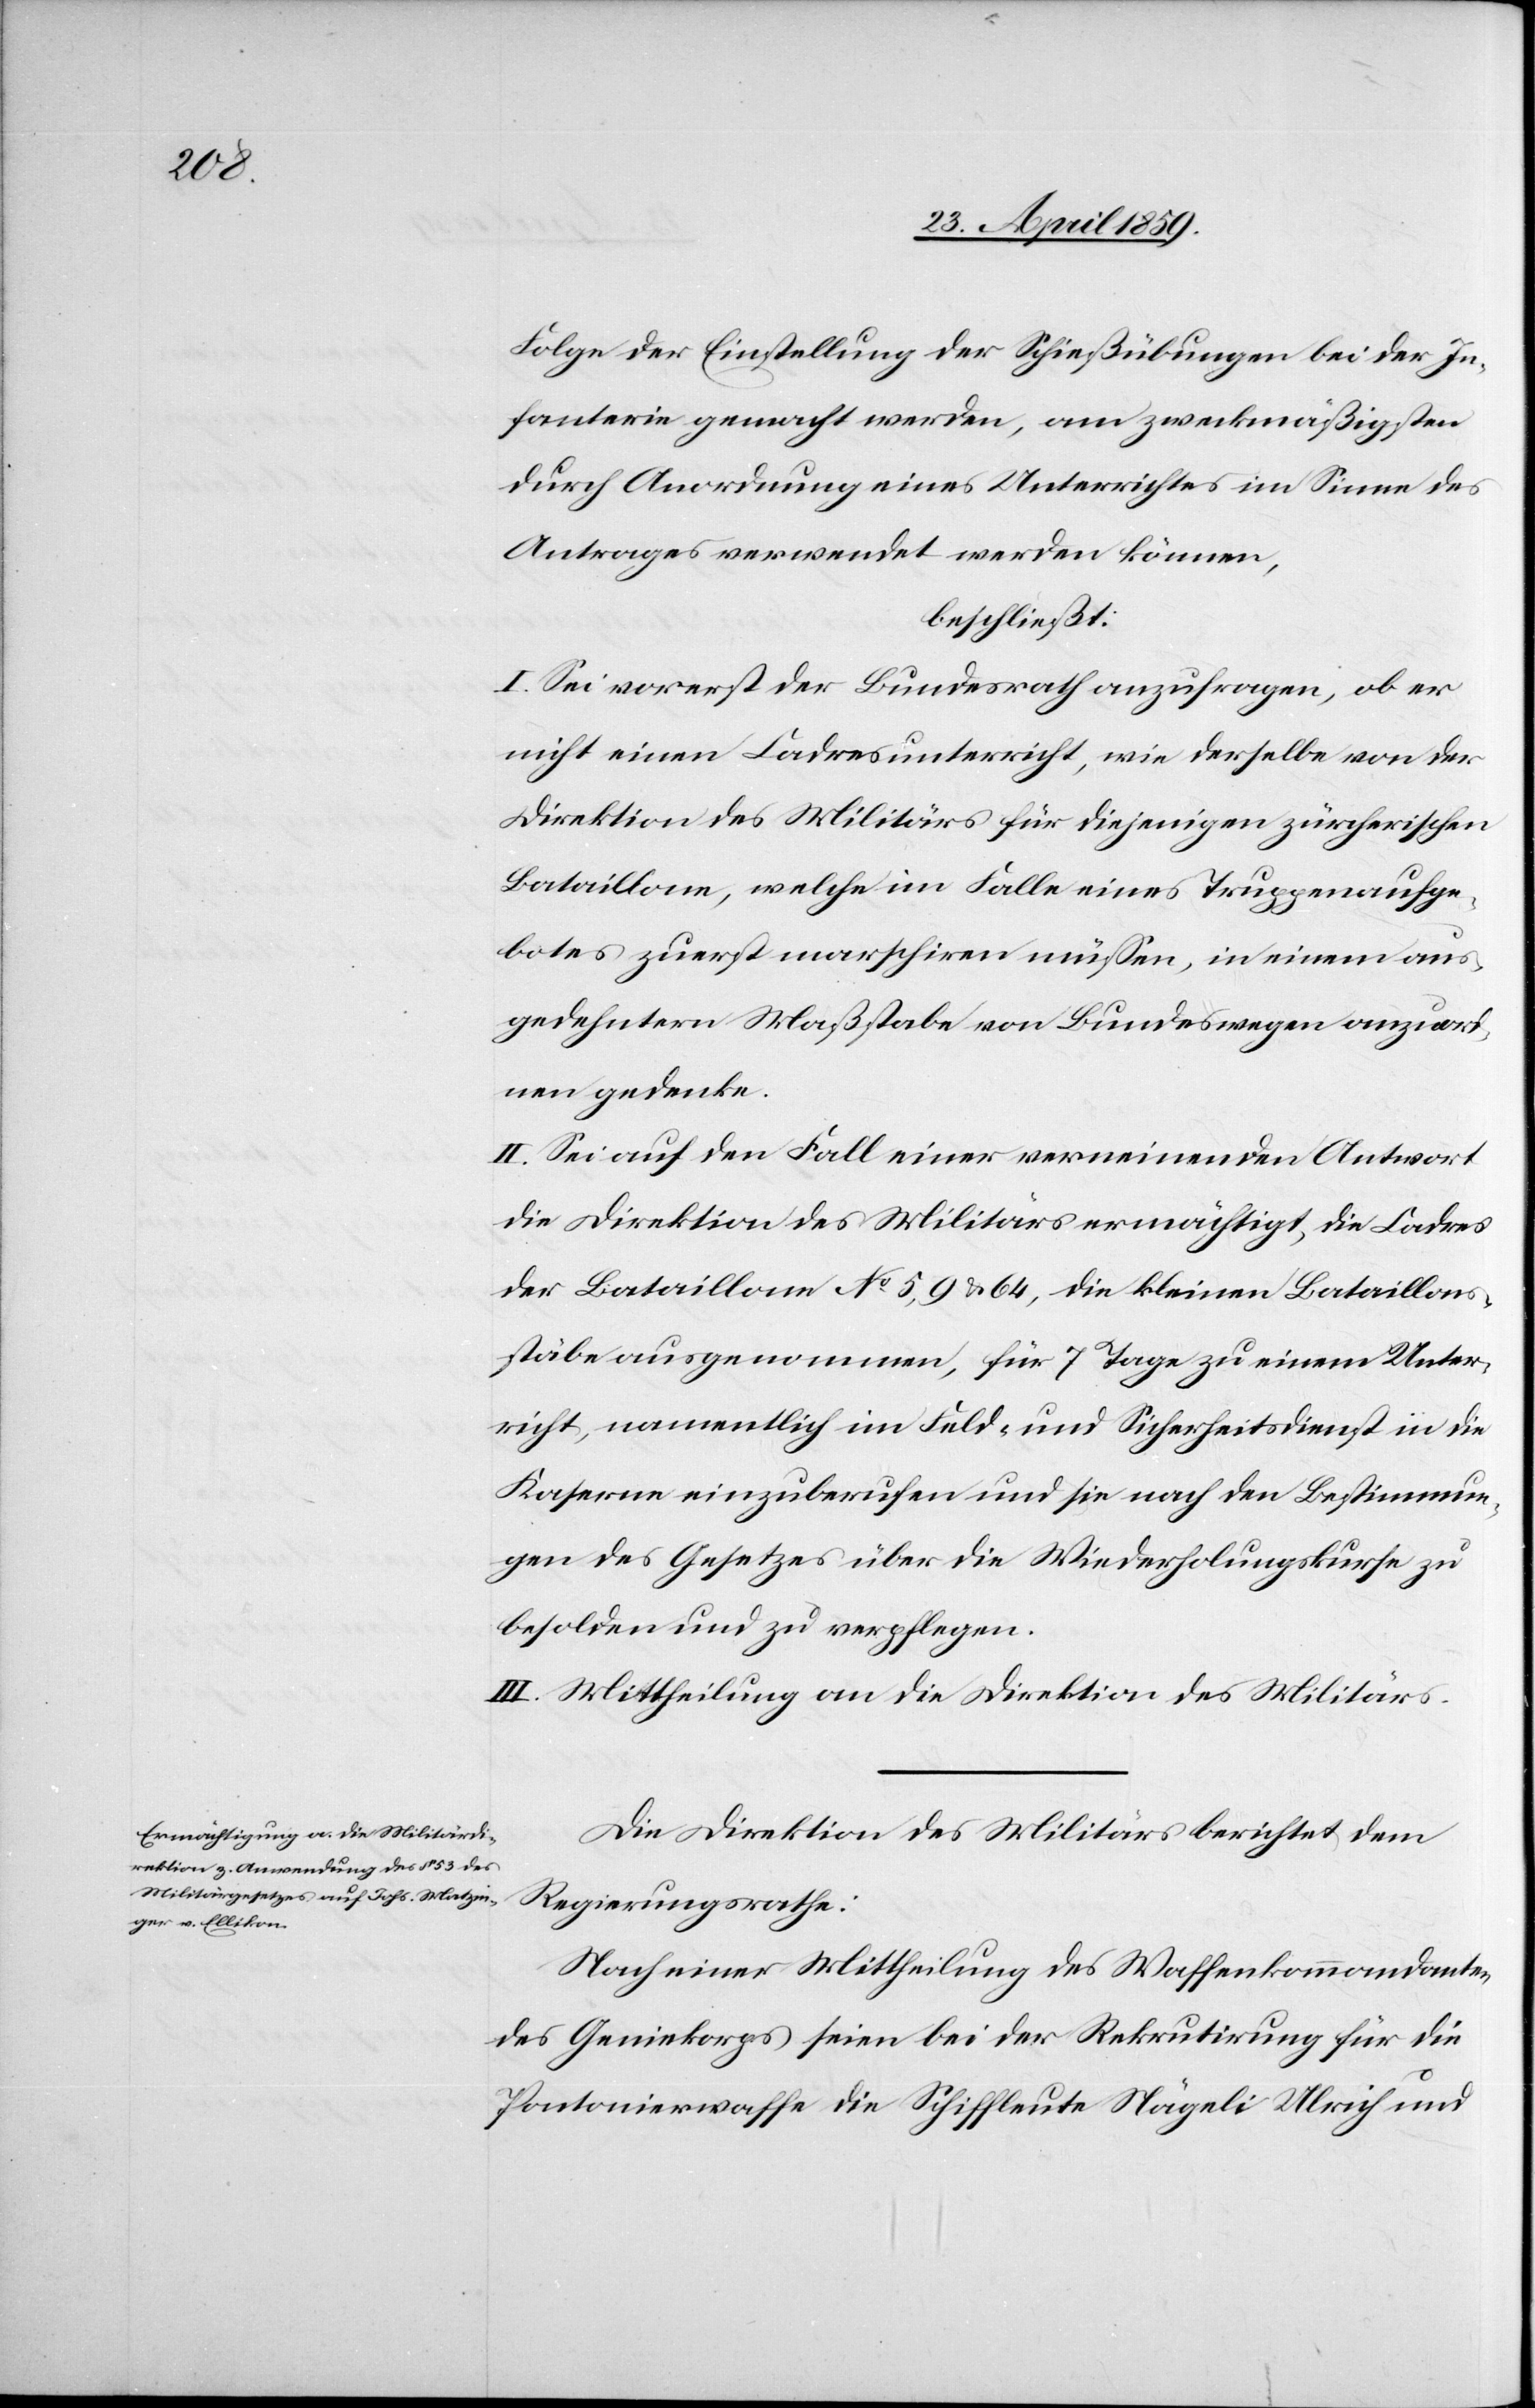
Folge der Einstellung der Schießübungen bei der In¬
fanterie gemacht werden, am zweckmäßigsten
durch Anordnung eines Unterrichtes im Sinne des
Antrages verwendet werden können,
beschließt:
I. Sei vorerst der Bundesrath anzufragen, ob er
nicht einen Cadresunterricht, wie derselbe von der
Direktion des Militärs für diejenigen zürcherischen
Bataillone, welche im Falle eines Truppenaufge¬
botes zuerst marschiren müßen, in einem aus¬
gedehnten Maßstabe von Bundeswegen anzuord¬
nen gedenke.
II. Sei auf den Fall einer verneinenden Antwort
die Direktion des Militärs ermächtigt, die Cadres
der Bataillone No 5, 9 & 64, die kleinen Bataillons¬
stäbe ausgenommen, für 7 Tage zu einem Unter¬
richt, namentlich im Feld- und Sicherheitsdienst in die
Kaserne einzuberufen und sie nach den Bestimmun¬
gen des Gesetzes über die Wiederholungskurse zu
besolden und zu verpflegen.
III. Mittheilung an die Direktion des Militärs.
Die Direktion des Militärs berichtet dem
Regierungsrathe:
Nach einer Mittheilung des Waffenkommandanten
des Geniekorps seien bei der Rekrutirung für die
Pontonierwaffe die Schiffleute Nägeli Ulrich und